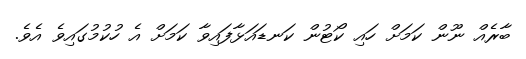
ބާރެއް ނޫން ކަމަށް ހައި ކޯޓުން ކަނޑައަޅާފައިވާ ކަމަށް އެ ހުކުމުގައިވެ އެވެ.